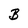
Character: B